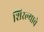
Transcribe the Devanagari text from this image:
शिरल्याचे